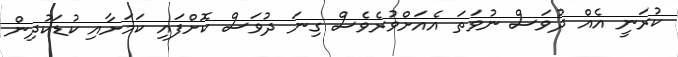
ކުރަނީ އެއް ދުވަސް ނުވަތަ އެއަށްވުރެވެސް ގިނަ ދުވަސް ކޮށްފައި ކަމަށާއި ކުޑަކުދިން